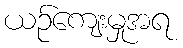
ယဉ်ကျေးမှုအရ